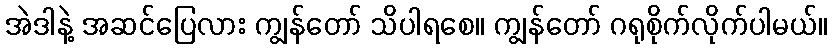
အဲဒါနဲ့ အဆင်ပြေလား ကျွန်တော် သိပါရစေ။ ကျွန်တော် ဂရုစိုက်လိုက်ပါမယ်။